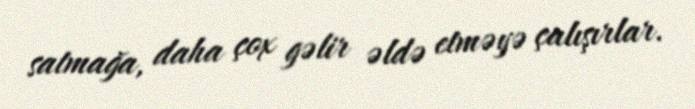
satmağa, daha çox gəlir əldə etməyə çalışırlar.